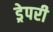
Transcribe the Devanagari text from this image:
ड्रेपरी